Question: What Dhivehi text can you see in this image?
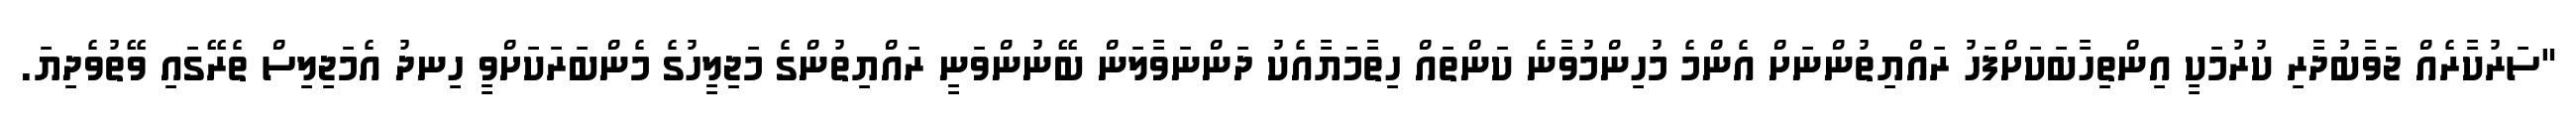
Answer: "ސަރުކާރެއް ޖަވާބުދާރި ކުރުމަކީ އިންތިހާބަކަށްފަހު ރައްޔިތުންނަށް އެންމެ މުހިންމުވާނެ ކަންތައް ހިތާމަޔާއެކު ދަންނަވާލަން ބޭނުންވަނީ ރައްޔިތުންގެ މަޖިލީހުގެ މެންބަރަކަށްވީ ހިނދު އެމަޖިލިސް ތެރޭގައި ވޭތުވެދިޔަ.